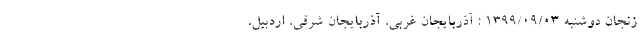
زنجان دوشنبه ۱۳۹۹/۰۹/۰۳ : آذربایجان غربی، آذربایجان شرقی، اردبیل،